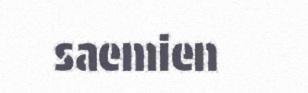
saemien